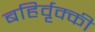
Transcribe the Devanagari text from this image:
बहिर्वृक्की